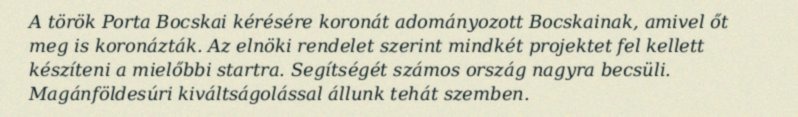
A török Porta Bocskai kérésére koronát adományozott Bocskainak, amivel őt meg is koronázták. Az elnöki rendelet szerint mindkét projektet fel kellett készíteni a mielőbbi startra. Segítségét számos ország nagyra becsüli. Magánföldesúri kiváltságolással állunk tehát szemben.